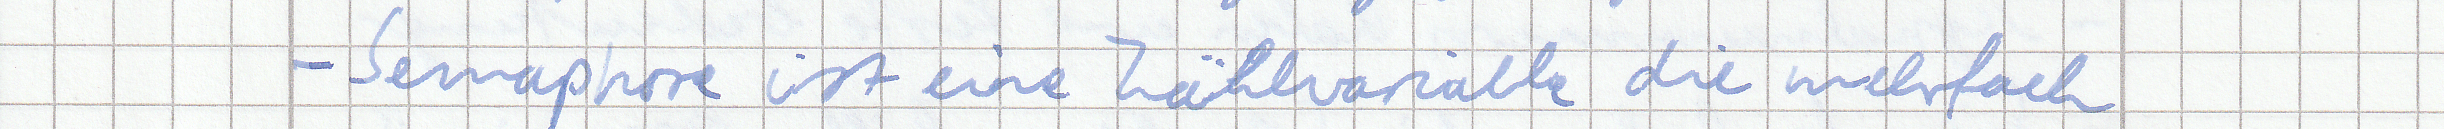
- Semaphore ist eine Zählvariable die mehrfach